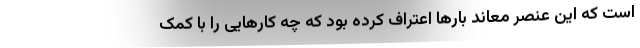
است که این عنصر معاند بارها اعتراف کرده بود که چه کارهایی را با کمک